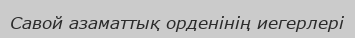
Савой азаматтық орденінің иегерлері